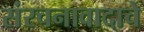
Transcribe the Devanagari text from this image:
संरचनावादाचे